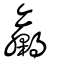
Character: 臝